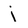
Character: i